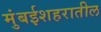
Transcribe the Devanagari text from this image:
मुंबईशहरातील